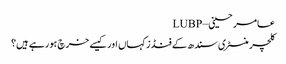
عامر حسینی – LUBP
کلچر منسٹری سندھ کے فنڈز کہاں اور کیسے خرچ ہورہے ہیں؟